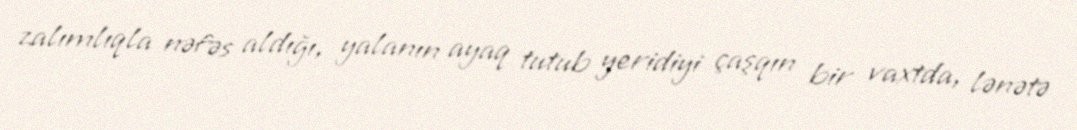
zalımlıqla nəfəs aldığı, yalanın ayaq tutub yeridiyi çaşqın bir vaxtda, lənətə